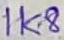
Text: 1K8